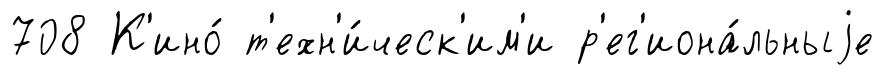
708 К'ино́ т'ехн'и́ческ'им'и р'ег'иона́льныjе